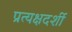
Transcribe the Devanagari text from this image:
प्रत्‍यक्षदर्शी